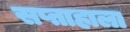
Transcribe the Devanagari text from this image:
सप्ताहाला